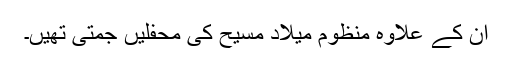
ان کے علاوہ منظوم میلادِ مسیح کی محفلیں جمتی تھیں۔